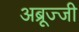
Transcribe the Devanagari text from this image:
अब्रूज्जी